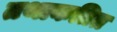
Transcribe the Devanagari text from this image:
तथाकतित